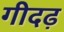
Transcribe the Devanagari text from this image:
गीदढ़